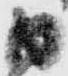
日